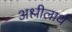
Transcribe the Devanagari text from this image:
अश्लीलार्थ